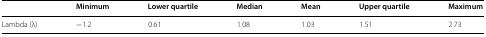
|  | Minimum | Lower quartile | Median | Mean | Upper quartile | Maximum |
 | --- | --- | --- | --- | --- | --- | --- |
 | Lambda (λ) | −1.2 | 0.61 | 1.08 | 1.03 | 1.51 | 2.73 |